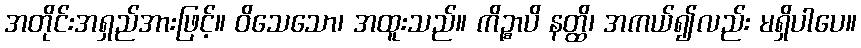
အတိုင်းအရှည်အားဖြင့်။ ဝိသေသော၊ အထူးသည်။ ကိဉ္စာပိ နတ္ထိ၊ အကယ်၍လည်း မရှိပါပေ။